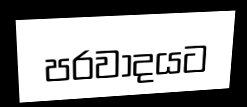
පරවාදයට